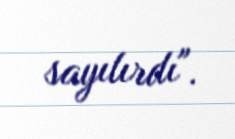
sayılırdı".